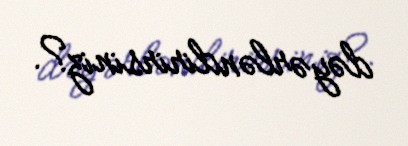
dəyərləndirirsiniz?.